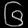
Digit: ၆